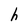
Character: h